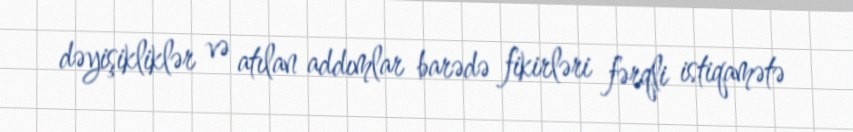
dəyişikliklər və atılan addımlar barədə fikirləri fərqli istiqamətə